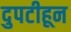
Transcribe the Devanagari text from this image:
दुपटीहून